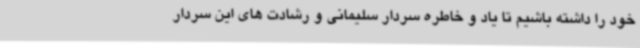
خود را داشته باشیم تا یاد و خاطره سردار سلیمانی و رشادت های این سردار